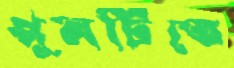
পুলটিতে